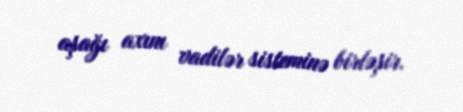
aşağı axını vadilər sisteminə birləşir.